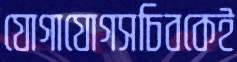
যোগাযোগসচিবকেই